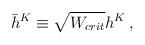
LaTeX: \begin{align*}\bar h^K \equiv \sqrt{W_{crit}} h^K\,,\end{align*}